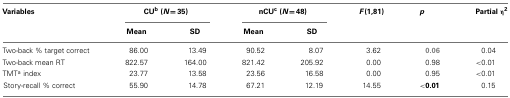
<table><thead><tr><td><b>Variables</b></td><td colspan="2"><b>CU<sup>b</sup> (<i>N</i> = 35)</b></td><td colspan="2"><b>nCU<sup>c</sup> (<i>N</i> = 48)</b></td><td><b><i>F</i>(1,81)</b></td><td><b><i>p</i></b></td><td><b>Partial η<sup>2</sup></b></td></tr><tr><td></td><td><b>Mean</b></td><td><b>SD</b></td><td><b>Mean</b></td><td><b>SD</b></td></tr></thead><tbody><tr><td>Two-back % target correct</td><td>86.00</td><td>13.49</td><td>90.52</td><td>8.07</td><td>3.62</td><td><b>0.06</b></td><td>0.04</td></tr><tr><td>Two-back mean RT</td><td>822.57</td><td>164.00</td><td>821.42</td><td>205.92</td><td>0.00</td><td>0.98</td><td>&lt;0.01</td></tr><tr><td>TMT<sup>a</sup> index</td><td>23.77</td><td>13.58</td><td>23.56</td><td>16.58</td><td>0.00</td><td>0.95</td><td>&lt;0.01</td></tr><tr><td>Story-recall % correct</td><td>55.90</td><td>14.78</td><td>67.21</td><td>12.19</td><td>14.55</td><td><b>&lt;0.01</b></td><td>0.15</td></tr></tbody></table>